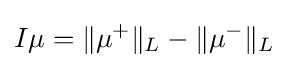
I\mu =\|\mu ^{+}\|_{L}-\|\mu ^{-}\|_{L}